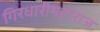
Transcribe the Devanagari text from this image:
गिरधारीमहाराज